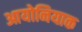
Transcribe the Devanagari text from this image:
आयोनियाक